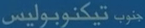
حُبَوْ تِي